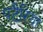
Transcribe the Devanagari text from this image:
पटैरिया